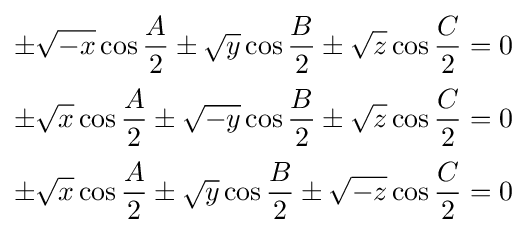
{\begin{aligned}\pm {\sqrt {-x}}\cos {\frac {A}{2}}\pm {\sqrt {y}}\cos {\frac {B}{2}}\pm {\sqrt {z}}\cos {\frac {C}{2}}&=0\\[2pt]\pm {\sqrt {x}}\cos {\frac {A}{2}}\pm {\sqrt {-y}}\cos {\frac {B}{2}}\pm {\sqrt {z}}\cos {\frac {C}{2}}&=0\\[2pt]\pm {\sqrt {x}}\cos {\frac {A}{2}}\pm {\sqrt {y}}\cos {\frac {B}{2}}\pm {\sqrt {-z}}\cos {\frac {C}{2}}&=0\end{aligned}}